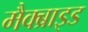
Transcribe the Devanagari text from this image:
मैक्ब्राइड